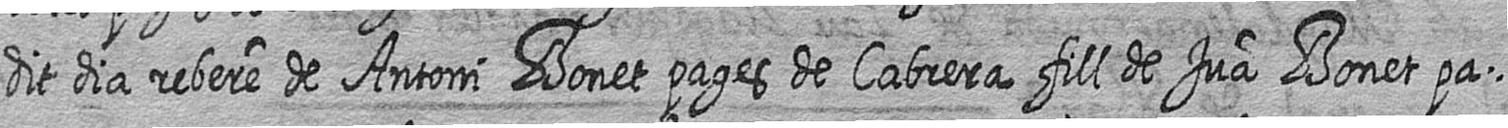
dit dia rebere de Antoni Bonet pages de Cabrera fill de Jua Bonet pa=